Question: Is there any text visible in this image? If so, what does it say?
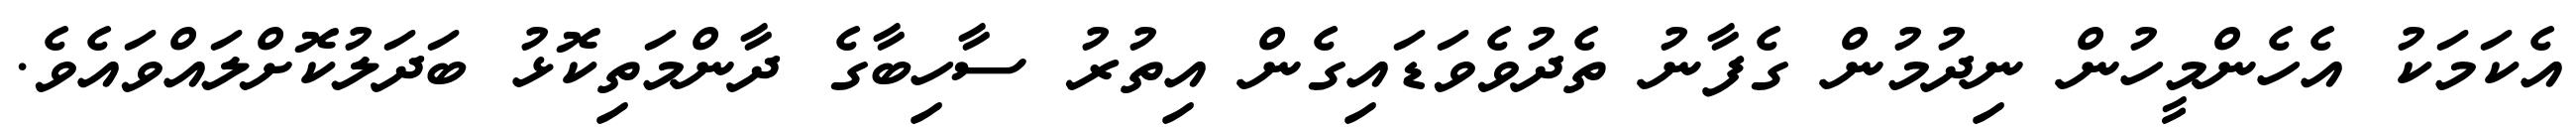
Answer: އެކަމަކު އެހެންމީހުން ނިދުމުން ގެފާނު ތެދުވެވަޑައިގެން އިތުރު ސާހިބާގެ ދާންމަތިކޮޅު ބަދަލުކޮށްލައްވައެވެ.